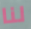
لنا